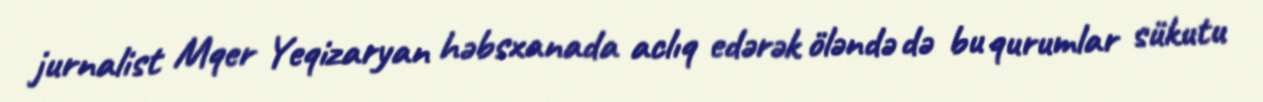
jurnalist Mqer Yeqizaryan həbsxanada aclıq edərək öləndə də bu qurumlar sükutu